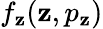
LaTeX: f_{\mathbf{z}}(\mathbf{z},p_{\mathbf{z}})